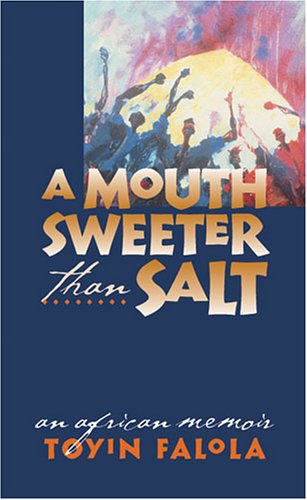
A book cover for A Mouth Sweeter Than Salt: An African Memoir; Toyin Omoyeni Falola; History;